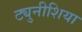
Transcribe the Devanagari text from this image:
ट्युनीशिया